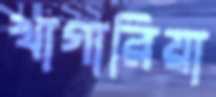
খাগারিয়া